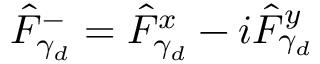
\hat { F } _ { \gamma _ { d } } ^ { - } = \hat { F } _ { \gamma _ { d } } ^ { x } - i \hat { F } _ { \gamma _ { d } } ^ { y }